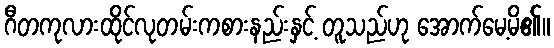
ဂီတကုလားထိုင်လုတမ်းကစားနည်းနှင့် တူသည်ဟု အောက်မေ့မိ၏။